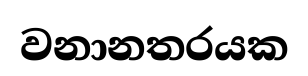
වනානතරයක